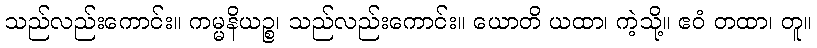
သည်လည်းကောင်း။ ကမ္မနိယဉ္စ၊ သည်လည်းကောင်း။ ယောတိ ယထာ၊ ကဲ့သို့။ ဧဝံ တထာ၊ တူ။